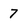
Character: 7